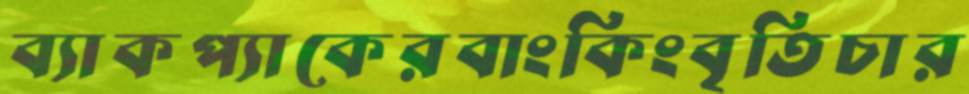
ব্যাকপ্যাকেরবাংকিংবৃতিচার